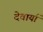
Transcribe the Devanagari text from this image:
देवार्या